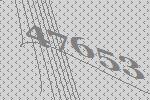
47653